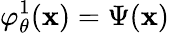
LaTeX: \varphi_{\theta}^{1}(\mathbf{x})=\Psi(\mathbf{x})